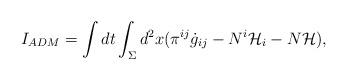
LaTeX: \begin{align*}I_{ADM} = \int dt\int_{\Sigma}d^{2}x(\pi^{ij}\dot{g}_{ij}-N^{i}{\cal H}_{i}-N{\cal H}), \end{align*}